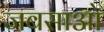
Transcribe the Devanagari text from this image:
जबसाओ